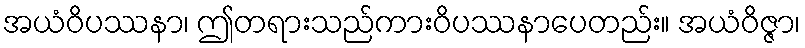
အယံဝိပဿနာ၊ ဤတရားသည်ကားဝိပဿနာပေတည်း။ အယံဝိဇ္ဇာ၊